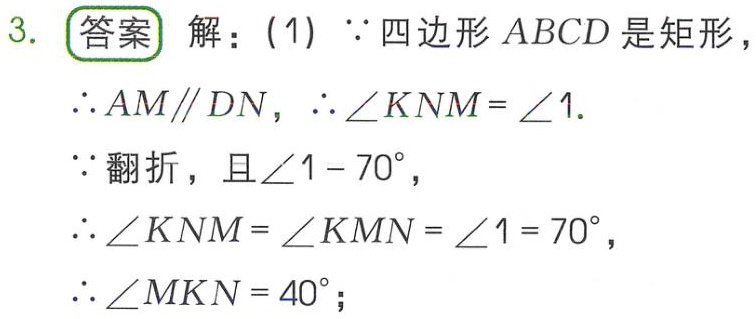
3. 答案 解：(1) $\because$ 四边形 $ABCD$ 是矩形，
$\therefore AM\parallel DN$，$\therefore \angle KNM = \angle 1$.
$\because$ 翻折，且 $\angle 1 = 70^{\circ}$，
$\therefore \angle KNM = \angle KMN = \angle 1 = 70^{\circ}$，
$\therefore \angle MKN = 40^{\circ}$；